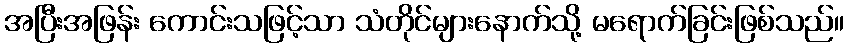
အပြီးအဖြန်း ကောင်းသဖြင့်သာ သံတိုင်များနောက်သို့ မရောက်ခြင်းဖြစ်သည်။